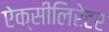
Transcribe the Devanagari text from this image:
ऐक्सीलिरेटर